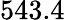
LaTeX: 543.4